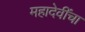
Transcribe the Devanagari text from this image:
महादेवींचा